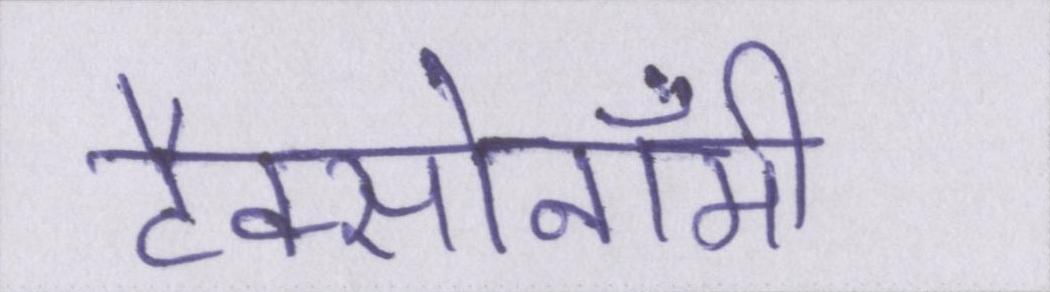
टैक्सोनॉमी